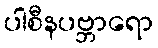
ပါစီနပဗ္ဘာရော